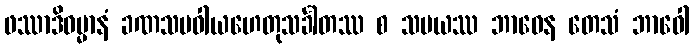
ဖဿာဒိဓမ္မာနံ ခဏသမဝါယဟေတုသင်္ခါတဿ စ သမယဿ ဘာဝေန တေသံ ဘာဝေါ